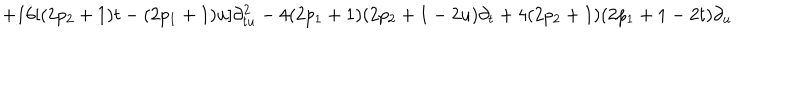
LaTeX: + 1 6 [ ( 2 p _ { 2 } + 1 ) t - ( 2 p _ { 1 } + 1 ) u ] \partial _ { t u } ^ { 2 } - 4 ( 2 p _ { 1 } + 1 ) ( 2 p _ { 2 } + 1 - 2 u ) \partial _ { t } + 4 ( 2 p _ { 2 } + 1 ) ( 2 p _ { 1 } + 1 - 2 t ) \partial _ { u }